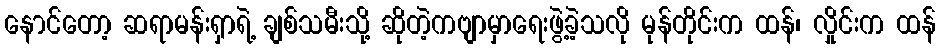
နောင်တော့ ဆရာမန်းရှာရဲ့ ချစ်သမီးသို့ ဆိုတဲ့ကဗျာမှာရေးဖွဲ့ခဲ့သလို မုန်တိုင်းက ထန်၊ လှိုင်းက ထန်